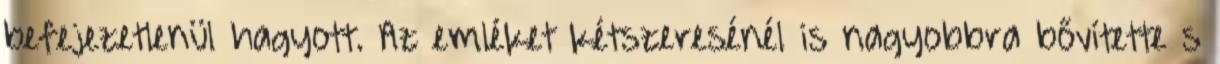
befejezetlenül hagyott. Az emléket kétszeresénél is nagyobbra bővítette s